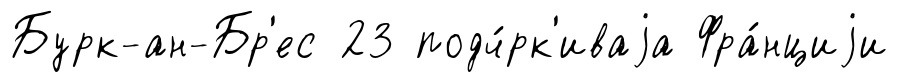
Бурк-ан-Бр'ес 23 подч́рк'иваjа Фра́нциjи